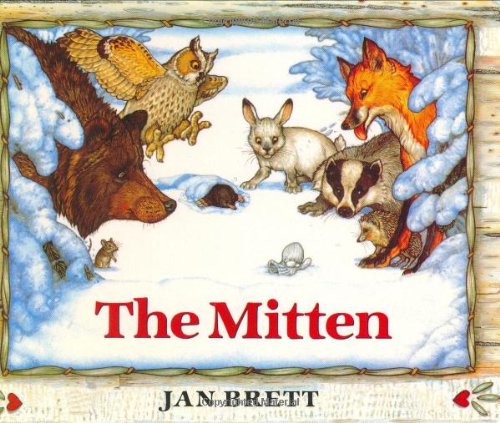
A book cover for The Mitten; Jan Brett; Children's Books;